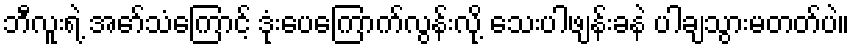
ဘီလူးရဲ့ အော်သံကြောင့် ဒုံးပေကြောက်လွန်းလို့ သေးပါဖျန်းခနဲ ပါချသွားမတတ်ပဲ။